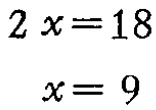
\[

\begin{align*}

2x&=18\\

x&=9

\end{align*}

\]